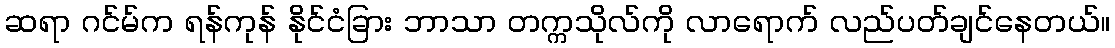
ဆရာ ဂင်မ်က ရန်ကုန် နိုင်ငံခြား ဘာသာ တက္ကသိုလ်ကို လာရောက် လည်ပတ်ချင်နေတယ်။